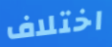
اختلاف